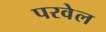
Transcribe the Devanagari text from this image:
परवेल